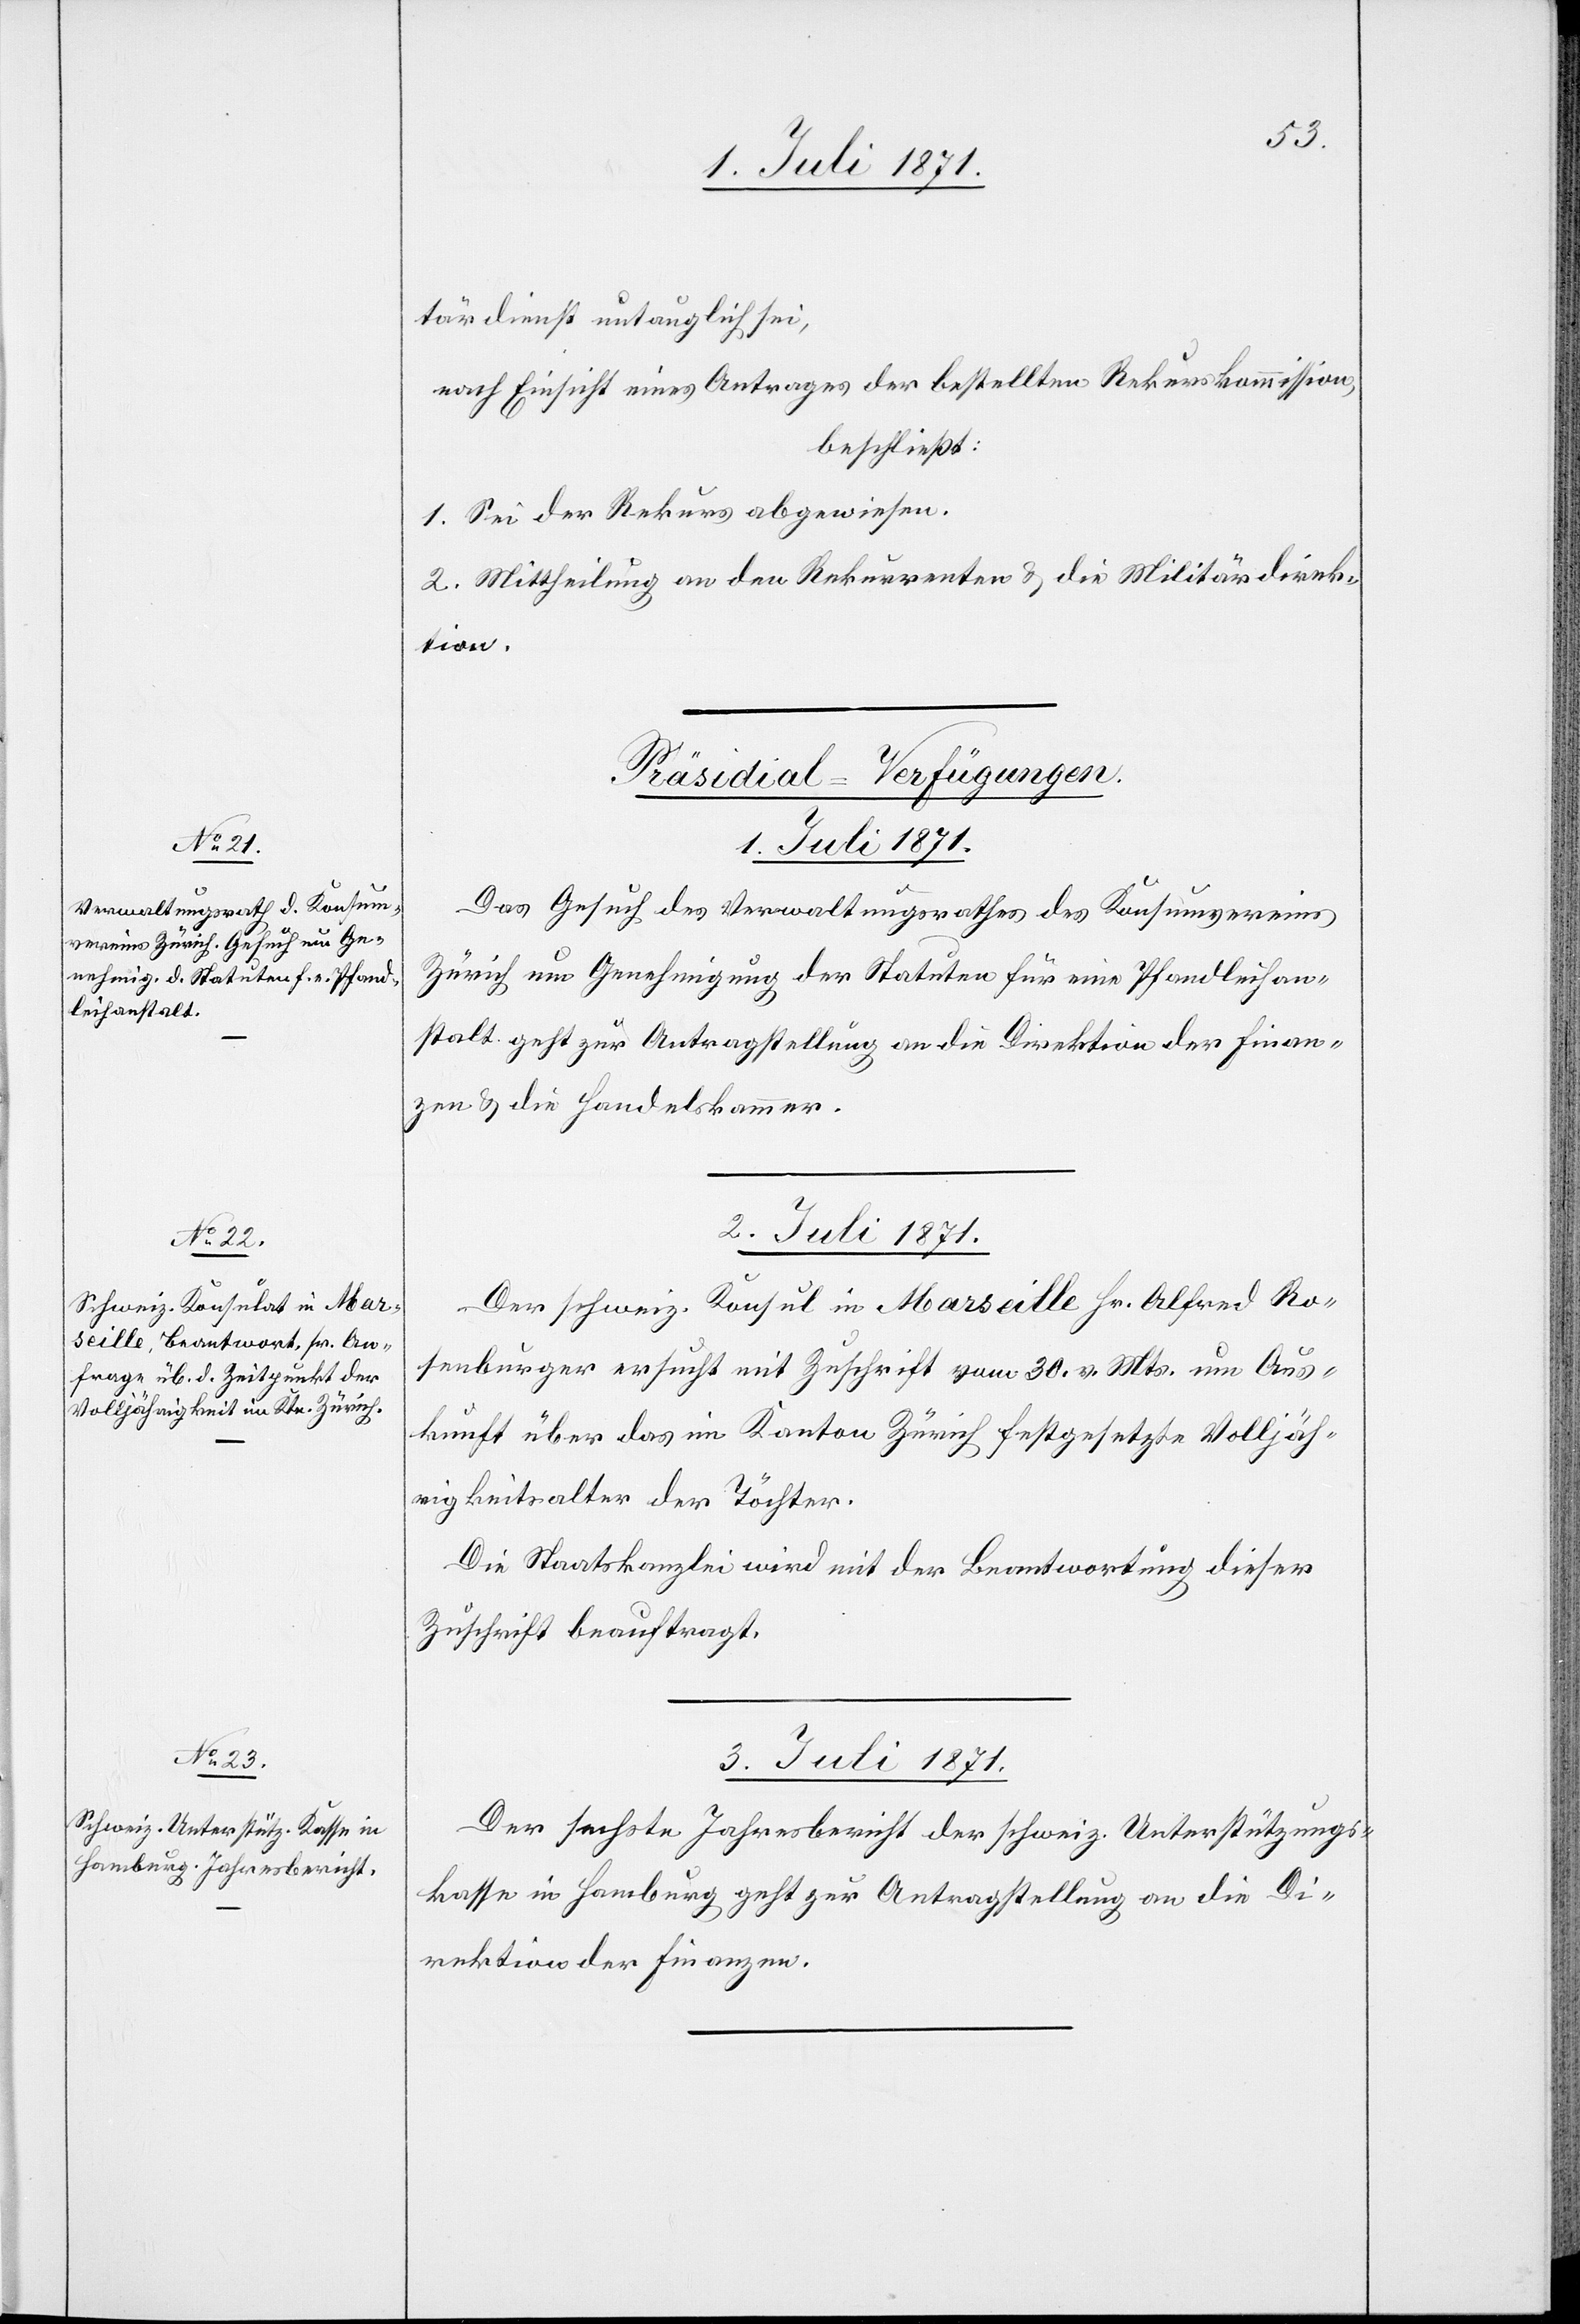
tärdienst untauglich sei,
nach Einsicht eines Antrages der bestellten Rekurskommission,
beschließt:
1. Sei der Rekurs abgewiesen.
2. Mittheilung an den Rekurrenten u. die Militärdirek¬
tion.
[Präsidial-Verfügungen]
1. Juli 1871.
Das Gesuch des Verwaltungsrathes des Konsumvereins
Zürich um Genehmigung der Statuten für eine Pfandleihan¬
stalt geht zur Antragstellung an die Direktion der Finan¬
zen u. die Handelskammer.
2. Juli 1871.
Der schweiz. Konsul in Marseille Hr. Alfred Ro¬
senburger ersucht mit Zuschrift vom 30. v. Mts. um Aus¬
kunft über das im Kanton Zürich festgesetzte Volljäh¬
rigkeitsalter der Töchter.
Die Staatskanzlei wird mit der Beantwortung dieser
Zuschrift beauftragt.
3. Juli 1871.
Der sechste Jahresbericht der schweiz. Unterstützungs¬
kasse in Hamburg geht zur Antragstellung an die Di¬
rektion der Finanzen.